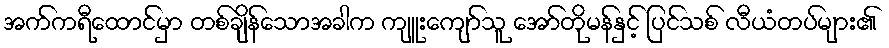
အက်ကရီထောင်မှာ တစ်ချိန်သောအခါက ကျူးကျော်သူ အော်တိုမန်နှင့် ပြင်သစ် လီယံတပ်များ၏